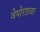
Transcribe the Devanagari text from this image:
वेपोराइजर